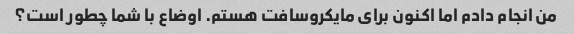
من انجام دادم اما اکنون برای مایکروسافت هستم. اوضاع با شما چطور است؟